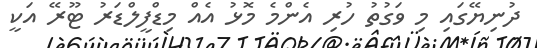
ދުނިޔޭގައި މި ވަގުތު ހުރި އެންމެ މޮޅު އެއް މިޑްފީލްޑަރު ޓޫރޭ އަކީ